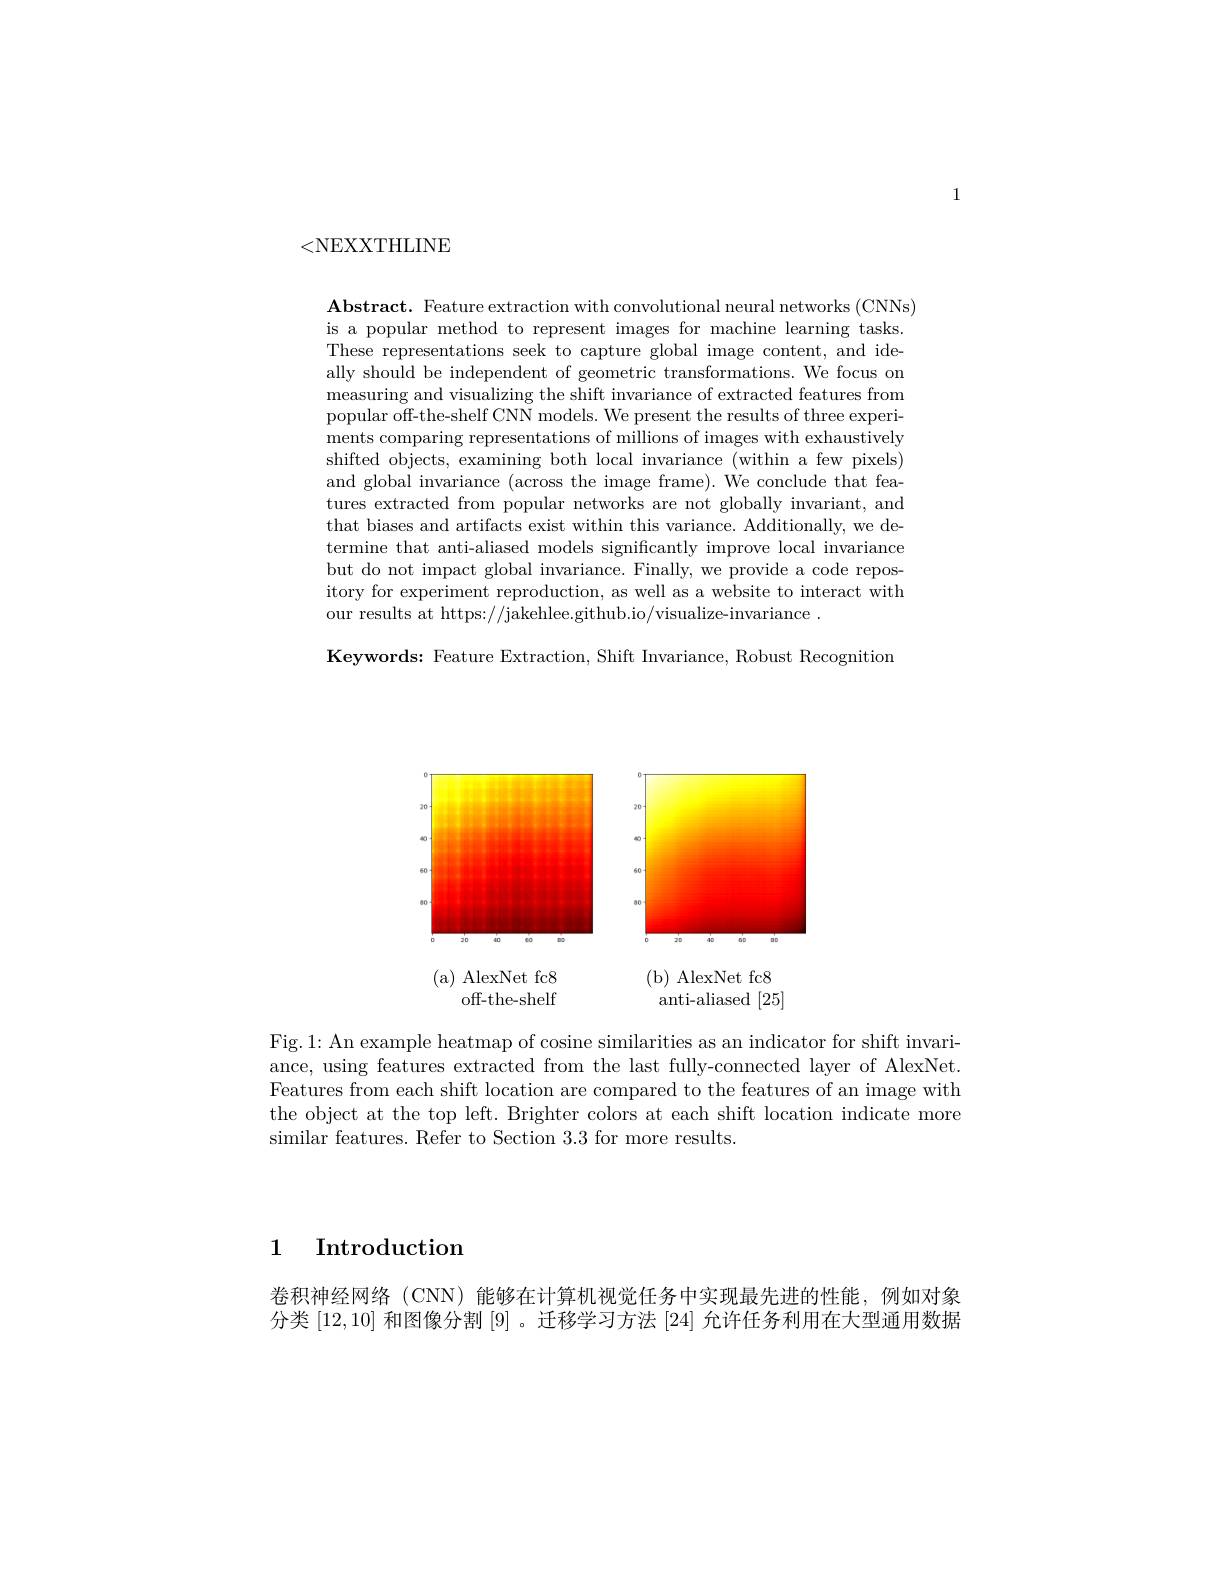
1

<NEXXTHLINE

$\textbf{Abstract. Feature extraction with convolutional neural networks ( CNNs) }$ is a popular method to represent images for machine learning tasks. These representations seek to capture global image content, and ideally should be independent of geometric transformations. We focus on measuring and visualizing the shift invariance of extracted features from popular off-the-shelf CNN models. We present the results of three experiments comparing representations of millions of images with exhaustively shifted objects, examining both local invariance (within a few pixels) and global invariance (across the image frame). We conclude that features extracted from popular networks are not globally invariant, and that biases and artifacts exist within this variance. Additionally, we determine that anti-aliased models significantly improve local invariance but do not impact global invariance. Finally, we provide a code repository for experiment reproduction, as well as a website to interact with our results at https://jakehlee.github.io/visualize-invariance.

Keywords: Feature Extraction, Shift Invariance, Robust Recognition

<FigureHere>
( a) AlexNet fc8
( b) AlexNet fc8

off-the-shelf

anti-aliased [25]

Fig.1: An example heatmap of cosine similarities as an indicator for shift invariance, using features extracted from the last fully-connected layer of AlexNet. Features from each shift location are compared to the features of an image with the object at the top left. Brighter colors at each shift location indicate more similar features. Refer to Section 3.3 for more results.

1 Introduction

卷积神经网络 (CNN) 能够在计算机视觉任务中实现最先进的性能，例如对象分类[12,10]和图像分割[9] 。迁移学习方法[24]允许任务利用在大型通用数据